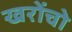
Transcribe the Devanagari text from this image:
खरोंचो